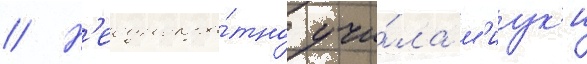
// Н'еоднокра́тно учи́ла м'иук'и